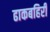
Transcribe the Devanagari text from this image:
ढाकबहिरी